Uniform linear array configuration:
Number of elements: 12
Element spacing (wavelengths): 0.75
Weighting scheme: binomial
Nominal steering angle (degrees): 15
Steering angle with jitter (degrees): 16.25
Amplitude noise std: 0.05
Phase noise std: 0.05

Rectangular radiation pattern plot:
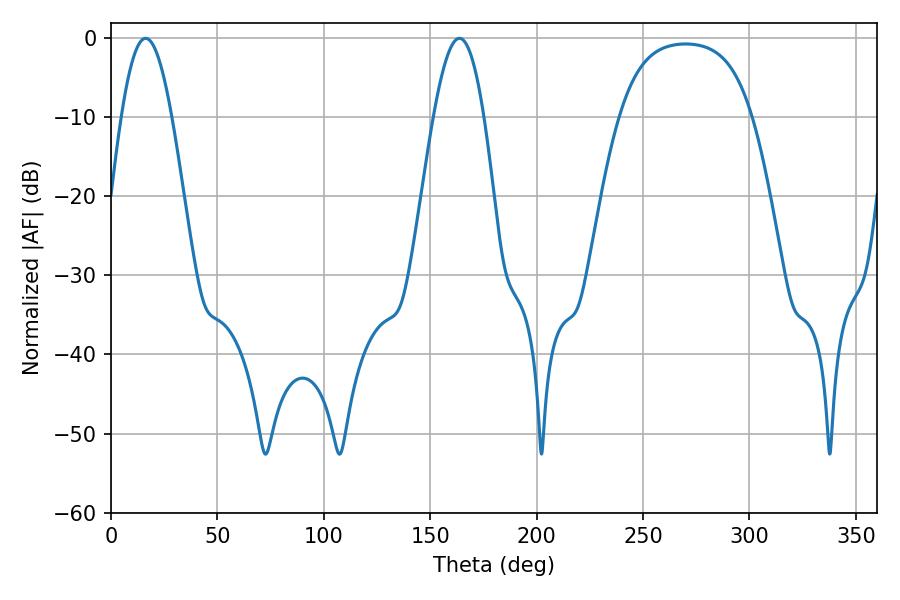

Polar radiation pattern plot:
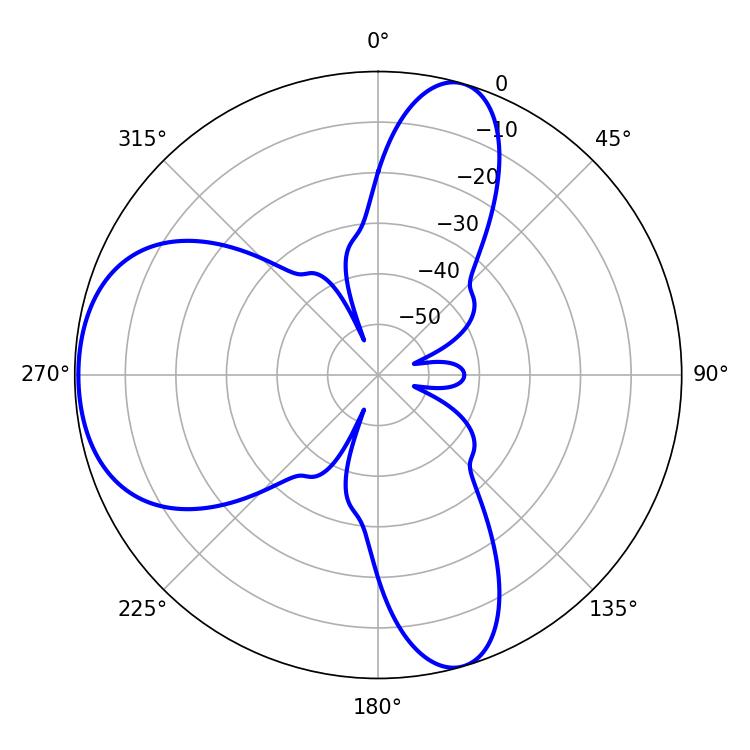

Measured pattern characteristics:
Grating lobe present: TRUE
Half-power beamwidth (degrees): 12.96
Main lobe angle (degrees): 16.2